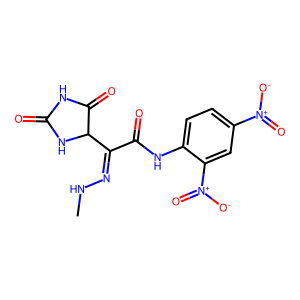
SMILES: CNN=C(C(=O)Nc1ccc([N+](=O)[O-])cc1[N+](=O)[O-])C1NC(=O)NC1=O
Inhibits HIV replication: No